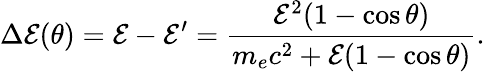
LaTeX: \Delta\mathcal{E}(\theta)=\mathcal{E}-\mathcal{E}^{\prime}=\frac{{\mathcal{E}^{2}(1-\cos\theta)}}{{m_{e}c^{2}+\mathcal{E}(1-\cos\theta)}}.